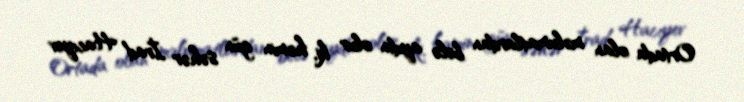
Ortada olan məlumatlardan belə aydın olur ki, həmin gün səhər İrad Hacıyev